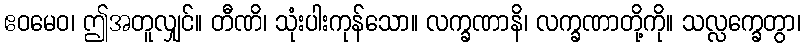
ဧဝမေဝ၊ ဤအတူလျှင်။ တီဏိ၊ သုံးပါးကုန်သော။ လက္ခဏာနိ၊ လက္ခဏာတို့ကို။ သလ္လက္ခေတွာ၊